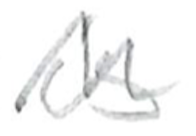
Text: is
Cross-out: zig-zag
Writing tool: pencil